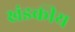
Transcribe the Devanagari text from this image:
खंडकीय